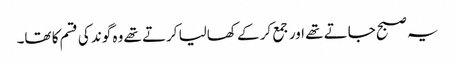
یہ صبح جاتے تھے اور جمع کر کے کھالیا کرتے تھے وہ گوند کی قسم کا تھا۔